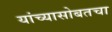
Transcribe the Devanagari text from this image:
यांच्यासोबतचा